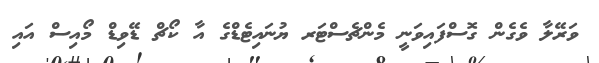
ވަރޭލާ ވެގެން ގޮސްފައިވަނީ މެންޗެސްޓަރ ޔުނައިޓެޑްގެ އާ ކޯޗް ޑޭވިޑް މޯއިސް އައި